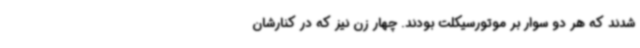
شدند که هر دو سوار بر موتورسیکلت بودند. چهار زن نیز که در کنارشان